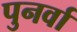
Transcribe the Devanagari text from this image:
पुनर्वा